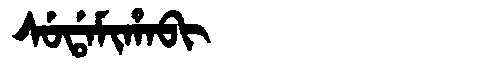
Manchu: ᠰᡠᡩᠠᠮᡳᡥᠠᠪᡳ
Romanization: SUDAMIHABI